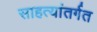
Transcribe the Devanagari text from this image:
साहत्यांतर्गत